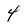
Character: 4